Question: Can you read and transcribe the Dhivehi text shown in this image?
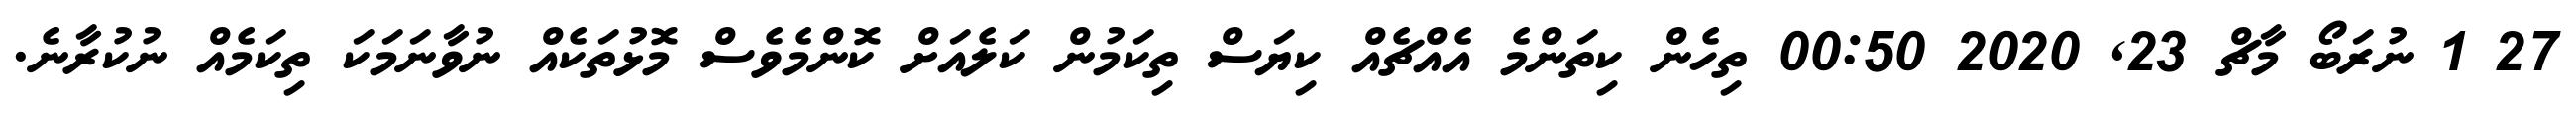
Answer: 27 1 ނުރަބޯ މާޗް 23, 2020 00:50 ތިހެން ކިތަންމެ އެއްޗެއް ކިޔަސް ތިކަމުން ކަލެއަށް ކޮންމެވެސް މޮޅުތަކެއް ނުވާނަމަކަ ތިކަމެއް ނުކުރާނެ.